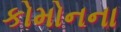
કોમોનના